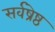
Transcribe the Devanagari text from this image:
सर्वष्रेष्ठ